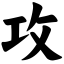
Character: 攻